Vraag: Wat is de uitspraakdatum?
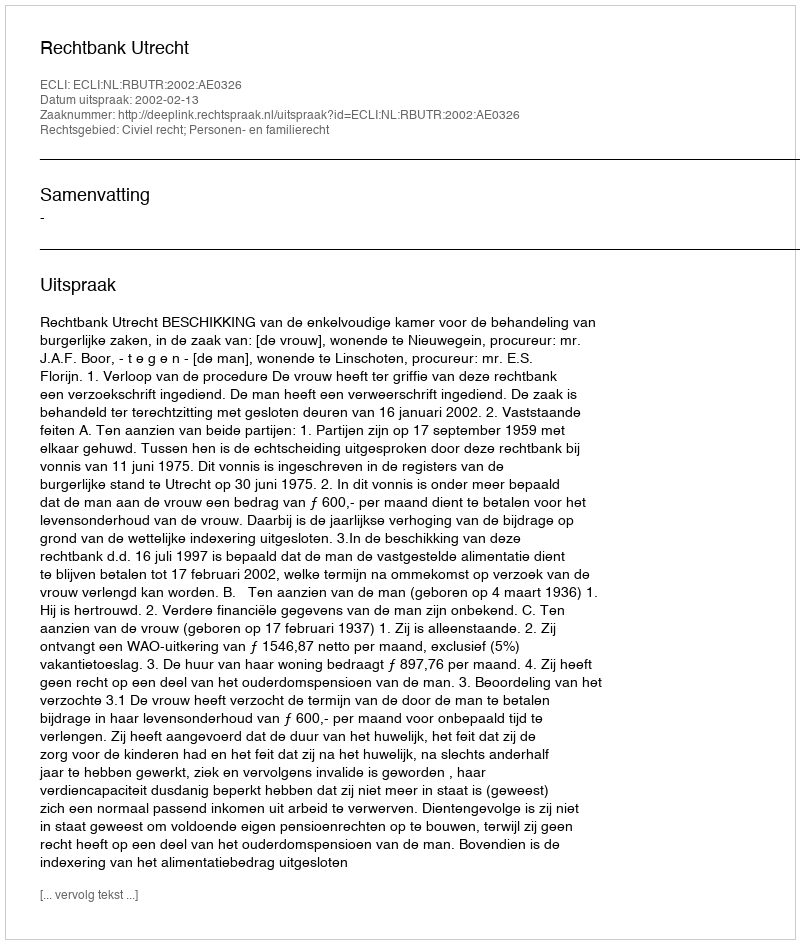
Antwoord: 2002-02-13